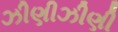
ઝીણીઝીણી